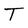
Character: T